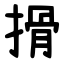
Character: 搰